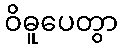
ဝိဓူပေတွာ